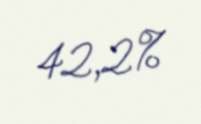
42,2%